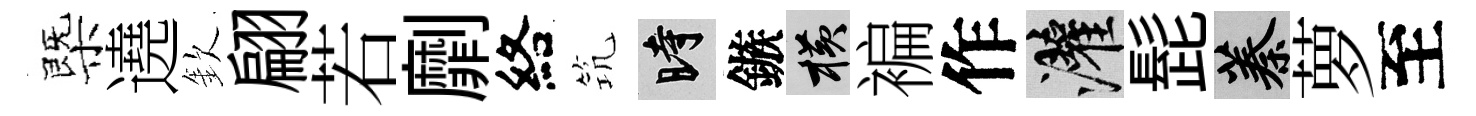
㮣遶欽翩若劘絡𥬑时鏃横褊作灌髭蓁萝至